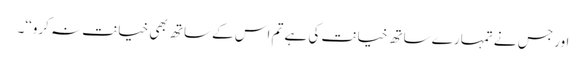
اور جس نے تمہارے ساتھ خیانت کی ہے تم اس کے ساتھ بھی خیانت نہ کرو‘‘۔